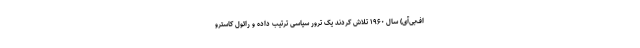
اف‌بی‌آی) سال ۱۹۶۰ تلاش کردند یک ترور سیاسی ترتیب داده و رائول کاسترو